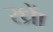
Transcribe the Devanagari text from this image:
रध्राें